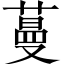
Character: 蔓